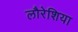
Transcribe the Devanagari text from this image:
लौरेशिया